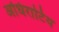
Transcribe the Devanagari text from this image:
अधिराटिय